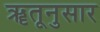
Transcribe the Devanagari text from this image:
ॠतूनुसार